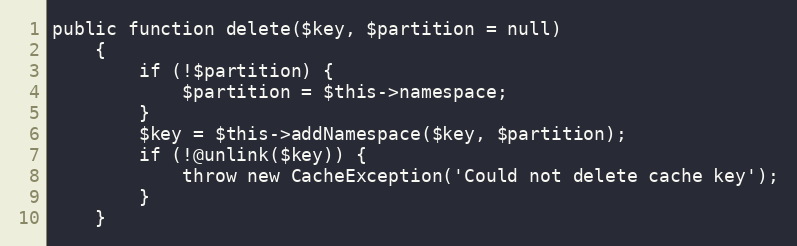
Language: PHP
public function delete($key, $partition = null)
    {
        if (!$partition) {
            $partition = $this->namespace;
        }
        $key = $this->addNamespace($key, $partition);
        if (!@unlink($key)) {
            throw new CacheException('Could not delete cache key');
        }
    }